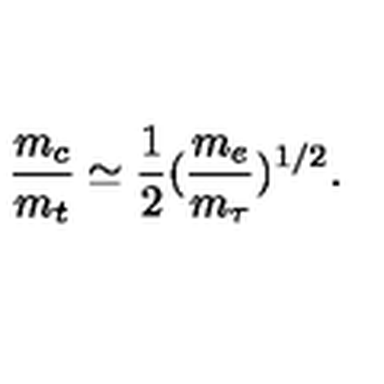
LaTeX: \frac { m _ { c } } { m _ { t } } \simeq \frac { 1 } { 2 } ( \frac { m _ { e } } { m _ { \tau } } ) ^ { 1 / 2 } .